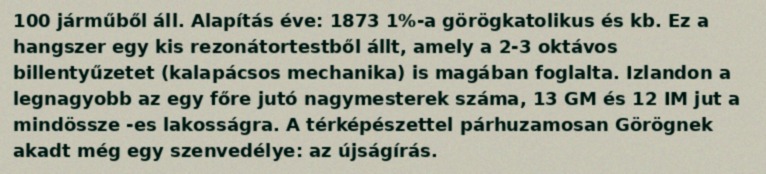
100 járműből áll. Alapítás éve: 1873 1%-a görögkatolikus és kb. Ez a hangszer egy kis rezonátortestből állt, amely a 2-3 oktávos billentyűzetet (kalapácsos mechanika) is magában foglalta. Izlandon a legnagyobb az egy főre jutó nagymesterek száma, 13 GM és 12 IM jut a mindössze -es lakosságra. A térképészettel párhuzamosan Görögnek akadt még egy szenvedélye: az újságírás.